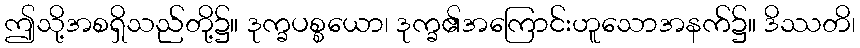
ဤသို့အစရှိသည်တို့၌။ ဒုက္ခပစ္စယော၊ ဒုက္ခ၏အကြောင်းဟူသောအနက်၌။ ဒိဿတိ၊